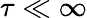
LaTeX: \tau\ll\infty